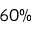
6 0 \%